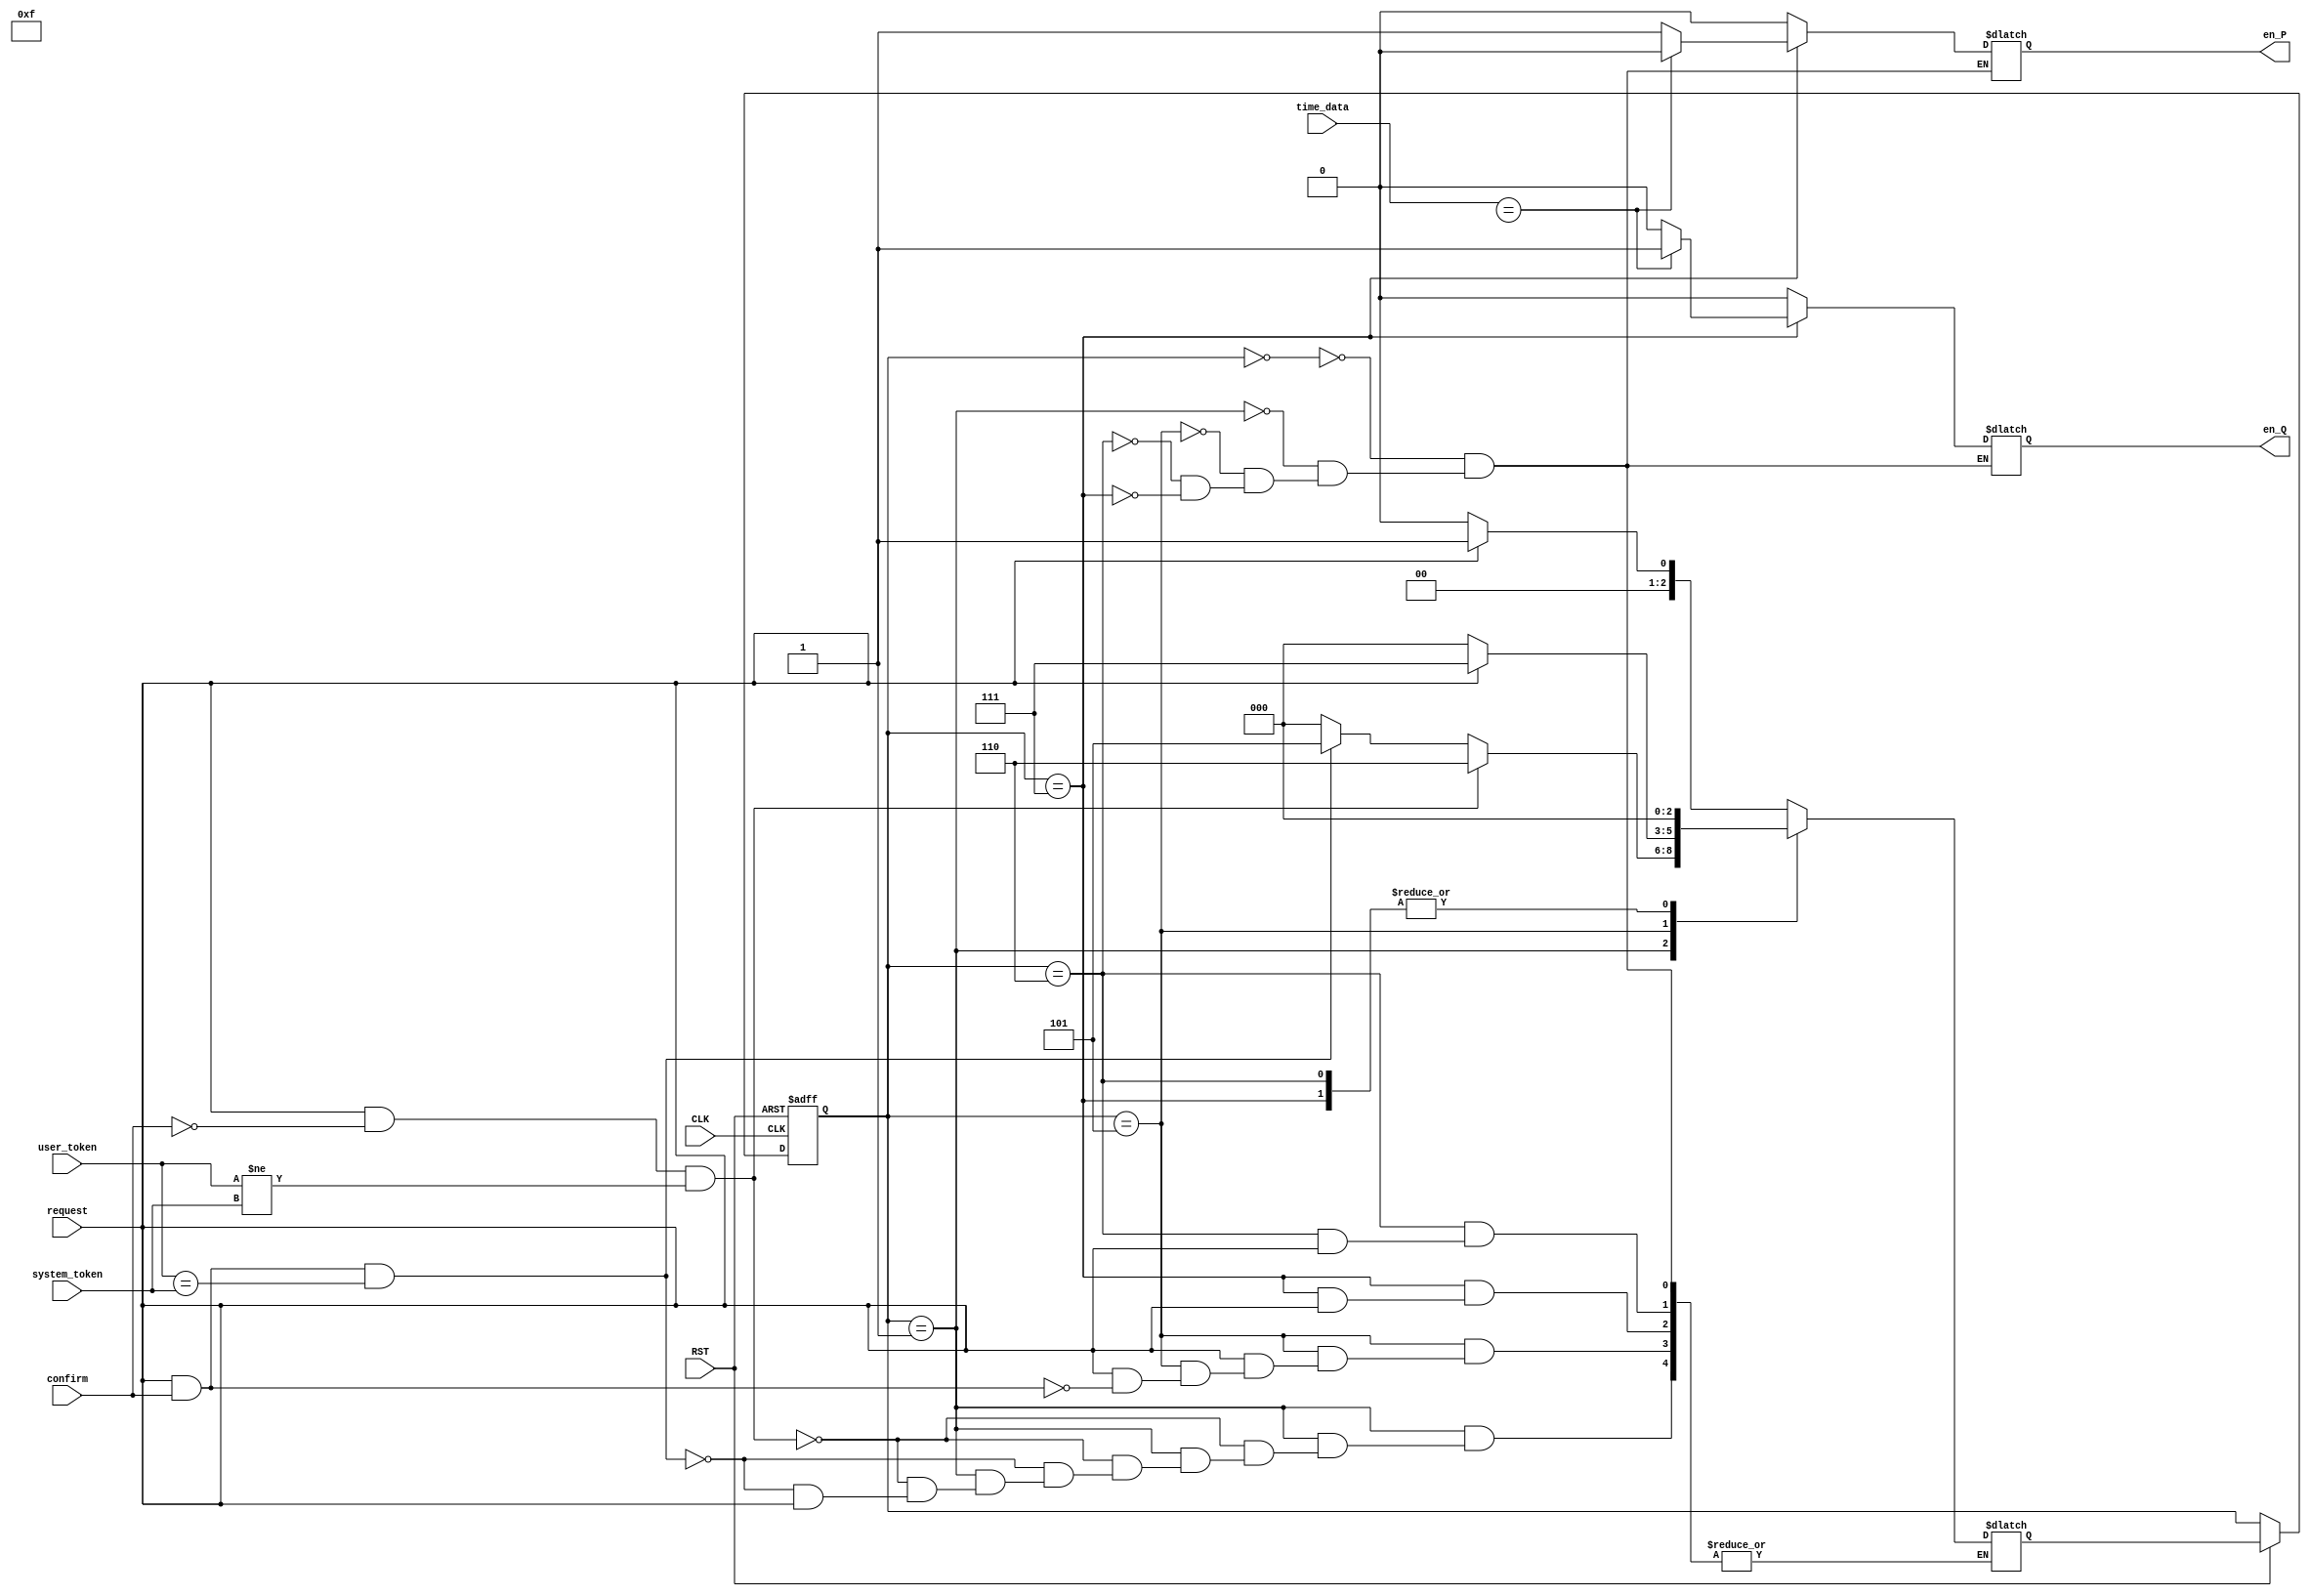
module fsm (
   input request,
	input [7:0] time_data,
	input RST ,
	input CLK ,
	input confirm ,
	input [2:0] user_token,
	input [2:0] system_token,
	output reg en_P ,
	output reg en_Q);

  reg [2:0] Prstate, Nxtstate;
  parameter A = 3'b000 , B = 3'b001 , C = 3'b101 , D = 3'b111 , E = 3'b110;
  
  	always @ (posedge CLK or negedge RST)
      if (~RST) Prstate = A;  
      else if (RST) Prstate = Nxtstate; 
			
  
   always @ (Prstate or confirm or request or time_data)
         case (Prstate)
            A: if (~request) Nxtstate = A;
					 else if (request) Nxtstate = B;	 
					 
            B: if (request & ~confirm & user_token != system_token) Nxtstate = E;  
                else if(request & confirm & user_token == system_token) Nxtstate = C;
					 else if(~request) Nxtstate = A;

            C: if(~request) Nxtstate = A;  
					 else if (request & confirm) Nxtstate = D;

				D: if(~request) Nxtstate = A;  
				
				E: if(~request) Nxtstate = A;  
         endcase
			
	always @ (Prstate or confirm or request or time_data)
         case (Prstate)
            A: begin
				en_P=1'b0 ; en_Q=1'b0 ; 
				end
            B: begin 
				en_P=1'b0 ; en_Q=1'b0 ; 
				end
            C: begin 
				en_P=1'b0 ; en_Q=1'b0 ; 
				end
            E: begin 
				en_P=1'b0 ; en_Q=1'b0 ; 
				end
            D: begin
				if (time_data == 8'b1111xxxx) begin
				en_P = 1'b0;
				en_Q = 1'b1;
				end
				else begin 
				en_P = 1'b1;
				en_Q = 1'b0;
				end
				end
	         endcase

endmodule
module controller(
	input [2:0] system_token,
	input request,
	input [7:0] TimeData,
	input reset,
	input clock,
	input confirm,
	input [2:0] user_token,
	output [7:0] data_Q,
	output [7:0] data_P);
	
	wire en_Q;
	wire en_P;
	
	fsm fsm1(request, TimeData, reset, clock, confirm, user_token, system_token, en_P, en_Q);
	register r1(TimeData, clock, reset, en_P, data_P);
	register r2(TimeData, clock, reset, en_Q, data_Q);
	
endmodule